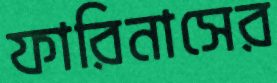
ফারিনাসের